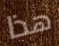
هذا